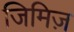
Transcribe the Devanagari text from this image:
जिमिज़